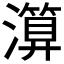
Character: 𤀤